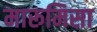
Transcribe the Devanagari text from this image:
मारूमिसा